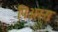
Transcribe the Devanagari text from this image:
पिअस्स